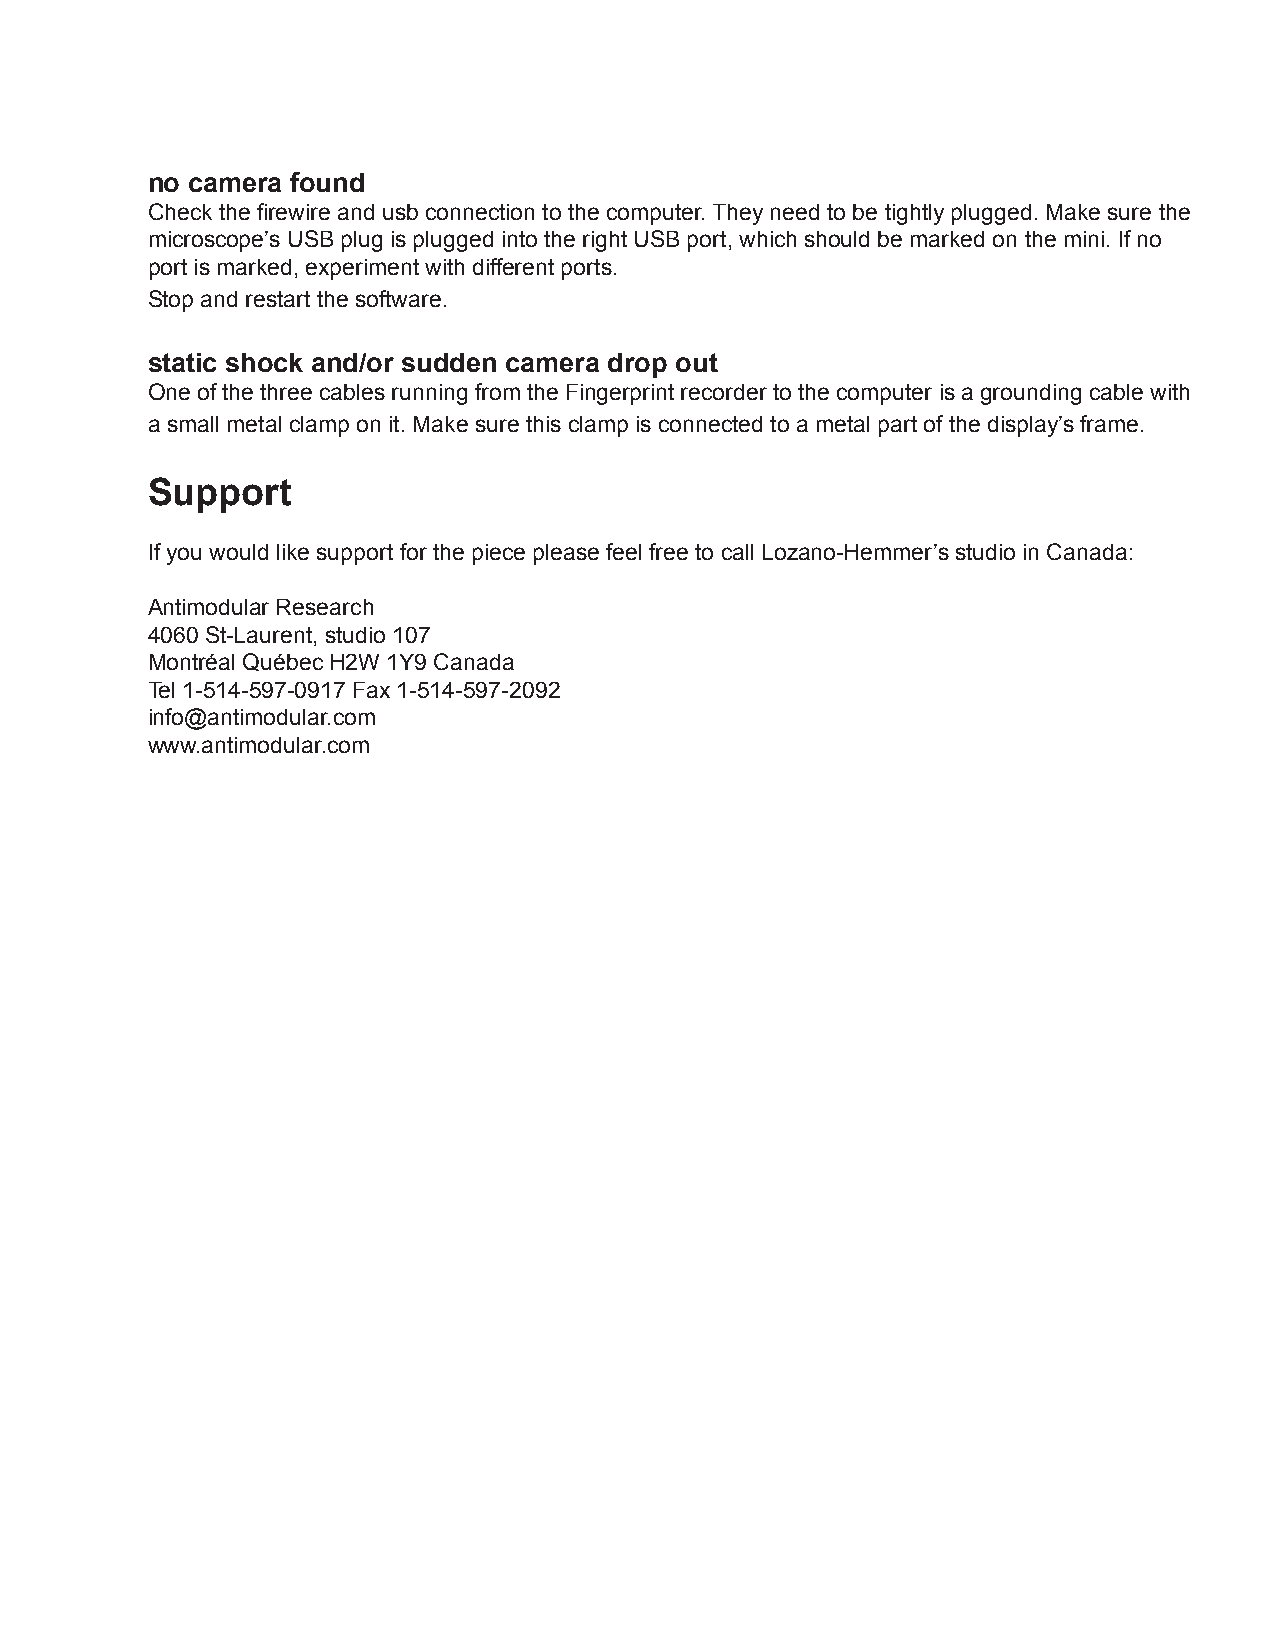
no camera found
 Check the firewire and usb connection to the computer. They need to be tightly plugged. Make sure the
 microscope’s USB plug is plugged into the right USB port, which should be marked on the mini. If no
 port is marked, experiment with different ports.
 Stop and restart the software.
 static shock and/or sudden camera drop out
 One of the three cables running from the Fingerprint recorder to the computer is a grounding cable with
 a small metal clamp on it. Make sure this clamp is connected to a metal part of the display’s frame.
 Support
 If you would like support for the piece please feel free to call Lozano-Hemmer’s studio in Canada:
 Antimodular Research
 4060 St-Laurent, studio 107
 Montréal Québec H2W 1Y9 Canada
 Tel 1-514-597-0917 Fax 1-514-597-2092
 info@antimodular.com
 www.antimodular.com